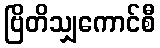
ဗြိတိသျှကောင်စီ